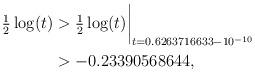
LaTeX: \begin{align*}\tfrac12\log(t) & > \tfrac12\log(t)\biggr\rvert_{t=0.6263716633 - 10^{-10}} \\& > -0.23390568644 , \end{align*}